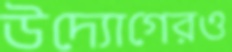
উদ্যোগেরও